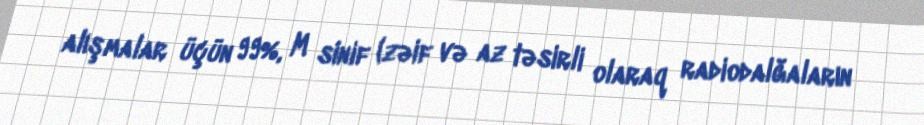
alışmalar üçün 99%, M sinif (zəif və az təsirli olaraq radiodalğaların